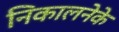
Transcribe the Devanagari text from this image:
निकालनेके